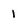
Character: 1